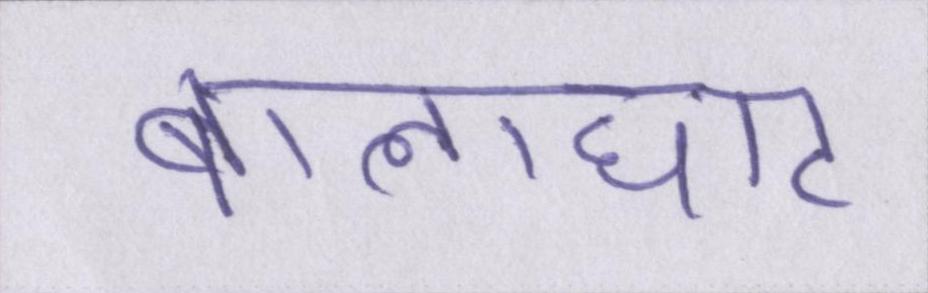
बालाघाट